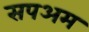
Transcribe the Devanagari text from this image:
सपअम